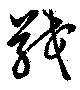
戢